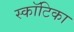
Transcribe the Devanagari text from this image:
स्कॉटिका